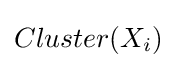
Cluster(X_{i})